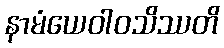
နာမံယေဝါဝသိဿတိ